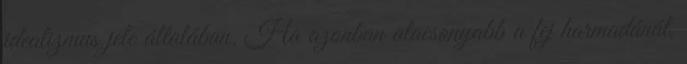
idealizmus jele általában. Ha azonban alacsonyabb a fej harmadánál,